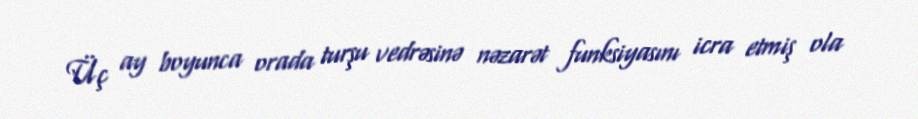
Üç ay boyunca orada turşu vedrəsinə nəzarət funksiyasını icra etmiş ola